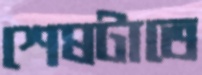
শেষটাতে